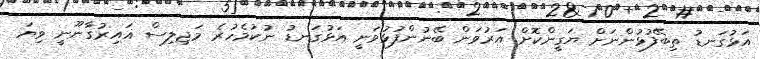
އަޅުގަނޑު ތިބޭފުޅުންނަށް ޔަގީންކޮށް އަރުވަން ބޭނުންފުޅުވަނީ އަޅުގަނޑު ނުކުމެހުރެ މަޖިލިސް ޣައިރުގާނޫނީ ވިޔަ